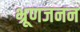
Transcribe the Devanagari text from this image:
भ्रूणजनन